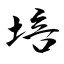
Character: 培